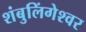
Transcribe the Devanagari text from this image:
शंबुलिंगेश्वर